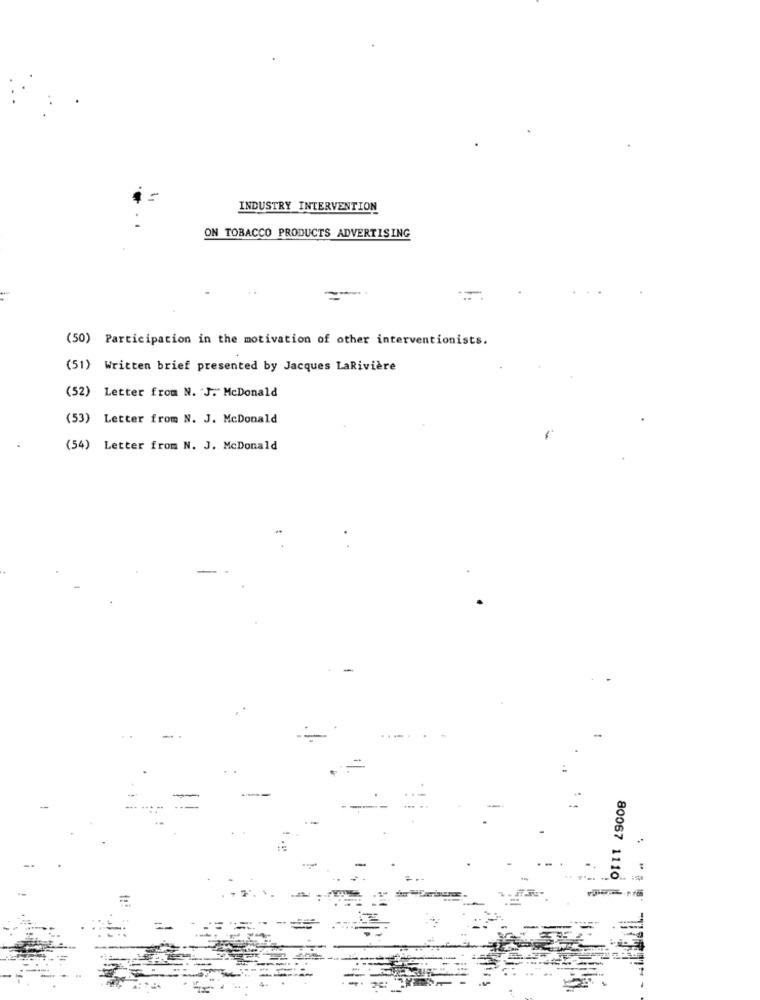
INDUSTRY INTERVENTION
ON TOBACCO PRODUCTS ADVERTISING
(50) Participation in the motivation of other interventionists.
(51) Written brief presented by Jacques LaRivière
(52) Letter from N. J. McDonald
(53) Letter from N. J. McDonald
(54) Letter from N. J. McDonald
80067 1110
=